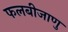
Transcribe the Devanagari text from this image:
फलबीजाणु